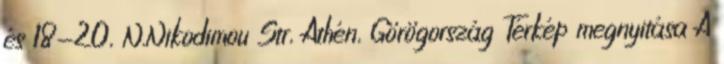
és 18-20, N.Nikodimou Str, Athén, Görögország Térkép megnyitása A